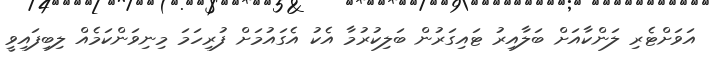
އަވަށްޓެރި ލަންކާއަށް ބަލާއިރު ޓައިގަރުން ބަލިކުރުމާ އެކު އެގައުމަށް ފުރިހަމަ މިނިވަންކަމެއް ލިބިފައިވީ